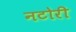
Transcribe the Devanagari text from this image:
नटोरी